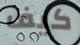
كيف